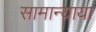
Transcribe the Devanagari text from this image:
सामान्याया